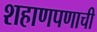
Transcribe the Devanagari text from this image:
शहाणपणाची